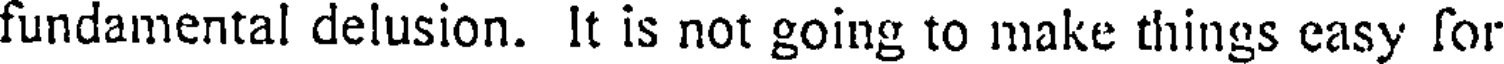
fundamental delusion. It is not going to make things easy for